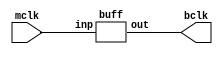
module clock_buffer(mclk,bclk);

input mclk;
output bclk;

buff b1(mclk,bclk);

endmodule

module buff(input inp, output out);
    assign out = inp;
endmodule